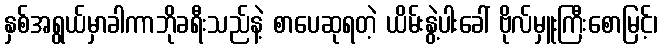
နှစ်အရွယ်မှာခါကာဘိုခရီးသည်နဲ့ စာပေဆုရတဲ့ ယိမ်းနွဲ့ပါးခေါ် ဗိုလ်မှူးကြီးစောမြင့်၊